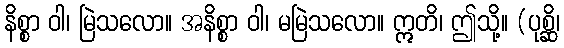
နိစ္စာ ဝါ၊ မြဲသလော။ အနိစ္စာ ဝါ၊ မမြဲသလော။ ဣတိ၊ ဤသို့။ (ပုစ္ဆိ၊